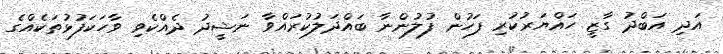
އަދި އަބްދު ގާޒީ ހައްޔަރުކުރި ފަހުން ފުލުންނާ ބައްދަލުކުރައްވާ ނަޝީދު ދެއްކެވި ވާހަކަފުޅުތަކެއްގެ